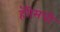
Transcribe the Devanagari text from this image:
हॅरीसची